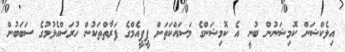
އިލެކްޝަން ކޮމިޝަނުން ބުނީ އެ ކޮމިޝަންގެ މަސައްކަތަށް ޕީޕީއެމްގެ ފަރާތްތަކުން ހުރަސްއެޅުމުގެ ސަބަބުން